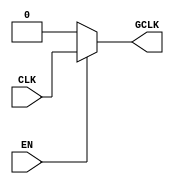
module StaticClockGating (
    input wire CLK,        // Primary clock signal
    input wire EN,         // Enable signal for clock gating
    output wire GCLK       // Gated clock output
);

// Clock Gating Logic
assign GCLK = EN ? CLK : 1'b0; // Pass CLK when EN is high, else output 0

endmodule